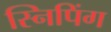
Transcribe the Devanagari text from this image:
स्निपिंग